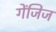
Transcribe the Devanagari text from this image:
गेंजिज